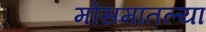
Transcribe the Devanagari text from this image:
मोसमातल्या